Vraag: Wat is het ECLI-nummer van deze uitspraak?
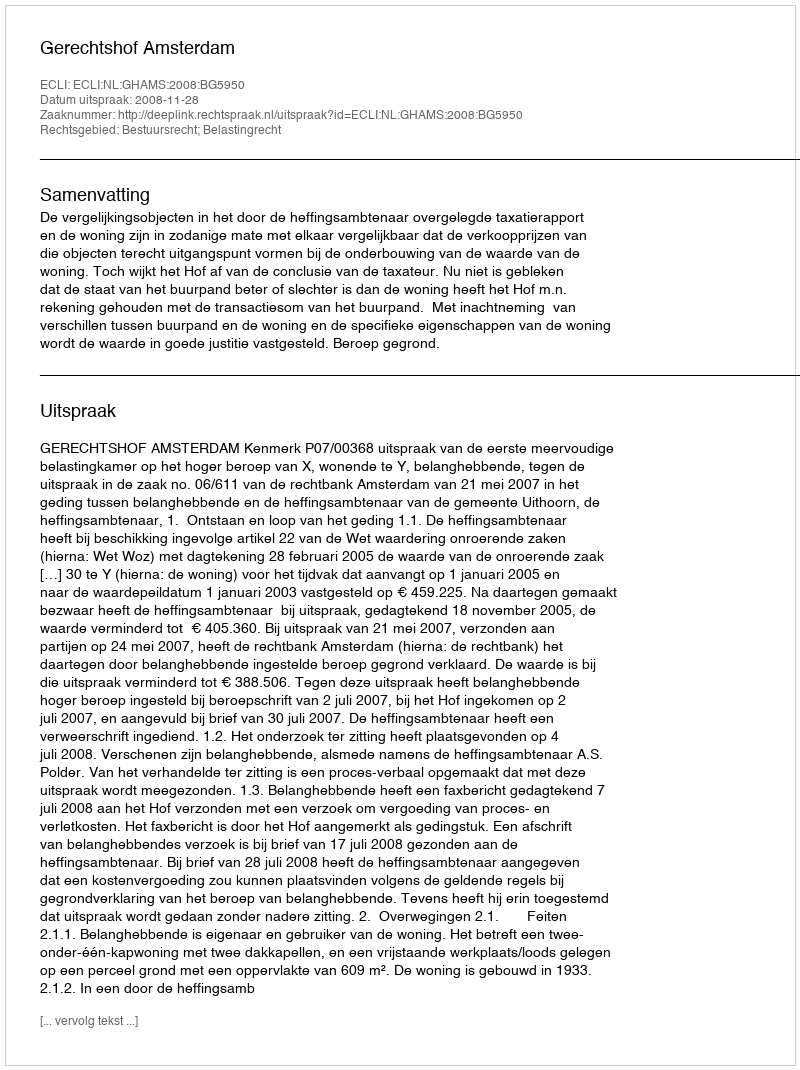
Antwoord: ECLI:NL:GHAMS:2008:BG5950